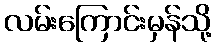
လမ်းကြောင်းမှန်သို့